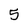
Character: 5